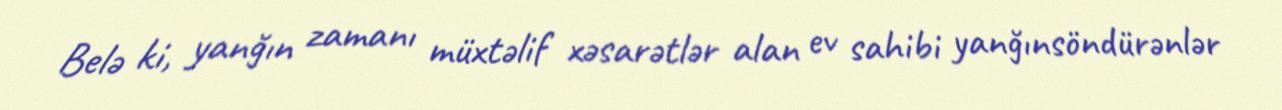
Belə ki, yanğın zamanı müxtəlif xəsarətlər alan ev sahibi yanğınsöndürənlər